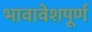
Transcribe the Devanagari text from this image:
भावावेशपूर्ण